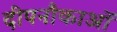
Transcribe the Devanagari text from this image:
दीपनौकाओं